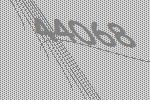
44068